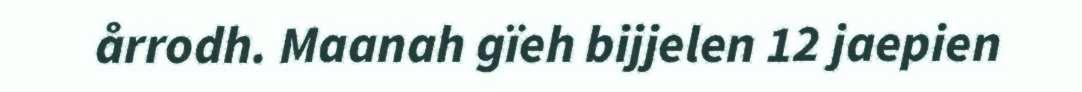
årrodh. Maanah gïeh bijjelen 12 jaepien